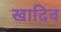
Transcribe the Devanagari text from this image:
खादिव